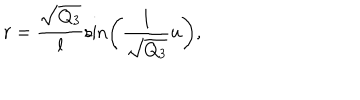
LaTeX: r = \frac { \sqrt { Q _ { 3 } } } { l } \sin \left( \frac { l } { \sqrt { Q _ { 3 } } } u \right) ,